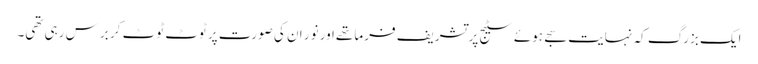
ایک بزرگ کہ نہایت سجے ہوئے سٹیج پر تشریف فرما تھےاور نور ان کی صورت پر ٹوٹ ٹوٹ کر برس رہی تھی۔